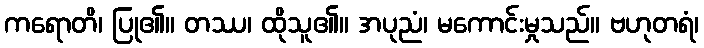
ကရောတိ၊ ပြု၏။ တဿ၊ ထိုသူ၏။ အပုညံ၊ မကောင်းမှုသည်။ ဗဟုတရံ၊